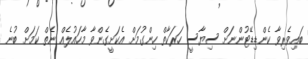
ބައިވެރިވާ ކެންޑިޑޭޓުންނަށް ސިޔާސީ ހަރަކާތް ހިންގުމަށް އެކަށީގެންވާ މާހައުލެއް ނެތް ކަމަށް ބުނެ